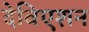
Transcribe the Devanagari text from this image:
देविएशन